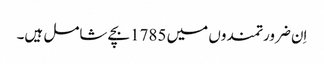
اِن ضرورتمندوں میں 1785بچے شامل ہیں۔